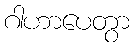
ဂါဟာပေတွာ